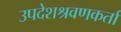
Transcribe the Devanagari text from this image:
उपदेशश्रवणकर्ता